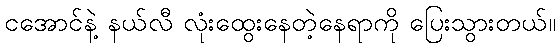
ငအောင်နဲ့ နယ်လီ လုံးထွေးနေတဲ့နေရာကို ပြေးသွားတယ်။